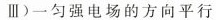
Ⅲ)一匀强电场的方向平行